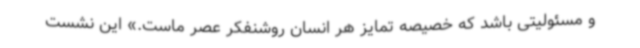
و مسئولیتی باشد که خصیصه تمایز هر انسان روشنفکر عصر ماست.» این نشست